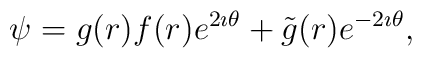
\psi= g(r)f(r)e^{2\imath \theta} + \tilde{g}(r)e^{-2\imath \theta},